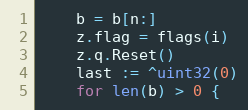
Language: Go
	b = b[n:]
	z.flag = flags(i)
	z.q.Reset()
	last := ^uint32(0)
	for len(b) > 0 {